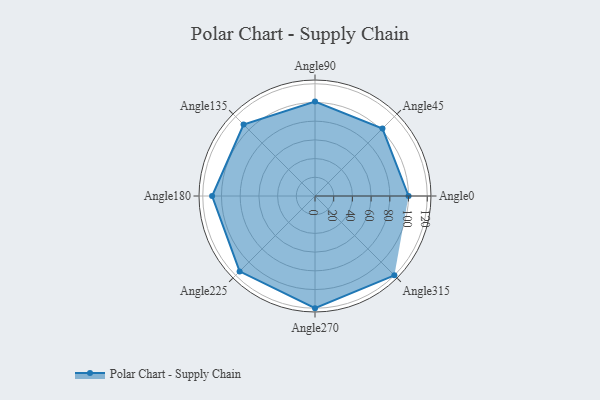
{"axis": {"x": "Angle", "y": "Radius"}, "legend": [""], "data": [{"x": "Angle0", "y": 100.0, "type": ""}, {"x": "Angle45", "y": 102.0, "type": ""}, {"x": "Angle90", "y": 101.0, "type": ""}, {"x": "Angle135", "y": 108.0, "type": ""}, {"x": "Angle180", "y": 110.0, "type": ""}, {"x": "Angle225", "y": 114.0, "type": ""}, {"x": "Angle270", "y": 120.0, "type": ""}, {"x": "Angle315", "y": 120.0, "type": ""}]}